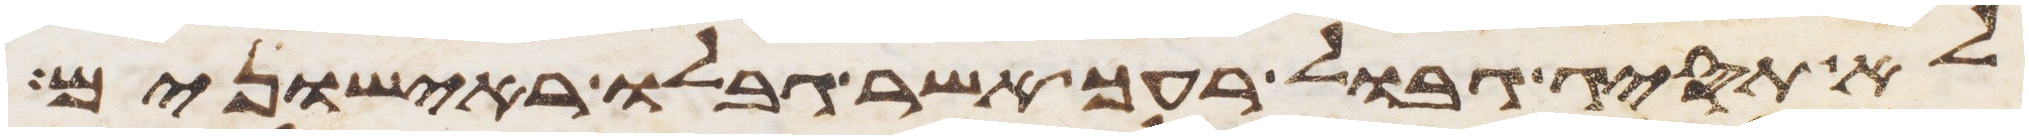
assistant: לא תסיג גבול רעך אשר גבלו ראישונים